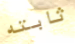
ثابته